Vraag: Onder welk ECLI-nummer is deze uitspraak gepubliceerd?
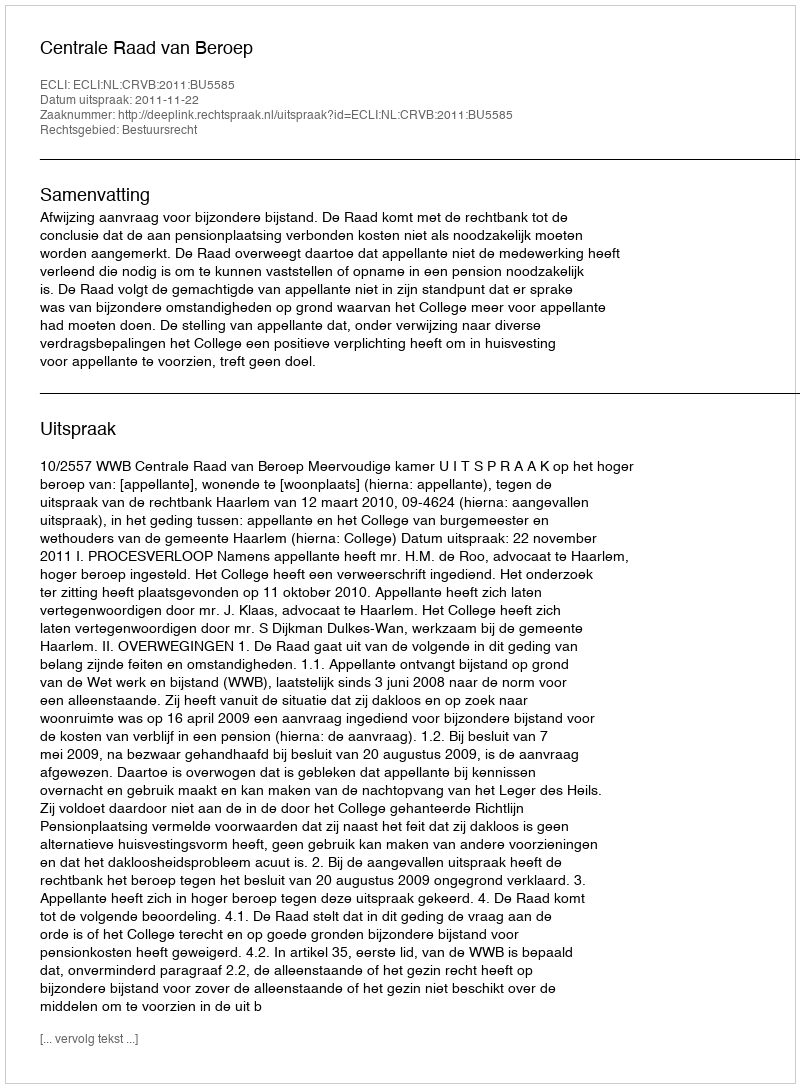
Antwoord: ECLI:NL:CRVB:2011:BU5585